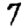
Digit: 7